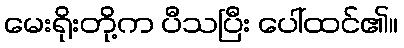
မေးရိုးတို့က ပီသပြီး ပေါ်ထင်၏။